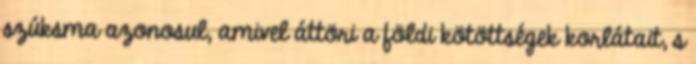
szúksma azonosul, amivel áttöri a földi kötöttségek korlátait, s